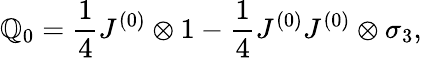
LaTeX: \mathbb{Q}_{0}=\frac{{1}}{{4}}J^{(0)}\otimes1-\frac{{1}}{{4}}J^{(0)}J^{(0)}\otimes\sigma_{3},